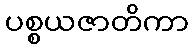
ပစ္စယဇာတိကာ